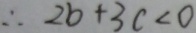
\therefore 2 b + 3 c < 0